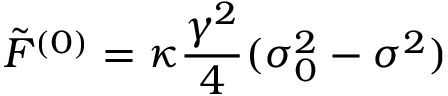
\tilde { F } ^ { ( 0 ) } = \kappa \frac { \gamma ^ { 2 } } { 4 } ( \sigma _ { 0 } ^ { 2 } - \sigma ^ { 2 } )